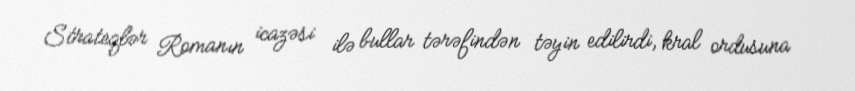
Strateqlər Romanın icazəsi ilə bullar tərəfindən təyin edilirdi, kral ordusuna